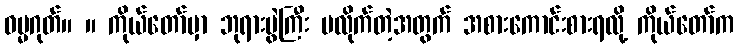
ဓမ္မဂုတ်။ ။ ကိုယ်တော်မှာ ဘုရားပွဲကြီး မလိုက်တဲ့အတွက် အစားကောင်းစားရလို့ ကိုယ်တော်က